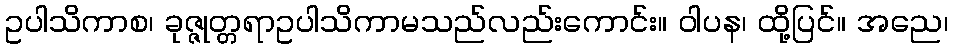
ဥပါသိကာစ၊ ခုဇ္ဇုတ္တရာဥပါသိကာမသည်လည်းကောင်း။ ဝါပန၊ ထို့ပြင်။ အညေ၊